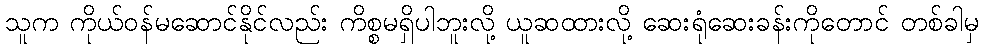
သူက ကိုယ်ဝန်မဆောင်နိုင်လည်း ကိစ္စမရှိပါဘူးလို့ ယူဆထားလို့ ဆေးရုံဆေးခန်းကိုတောင် တစ်ခါမှ